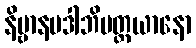
နိဗ္ဗာနပဒါဘိပတ္ထယာနော